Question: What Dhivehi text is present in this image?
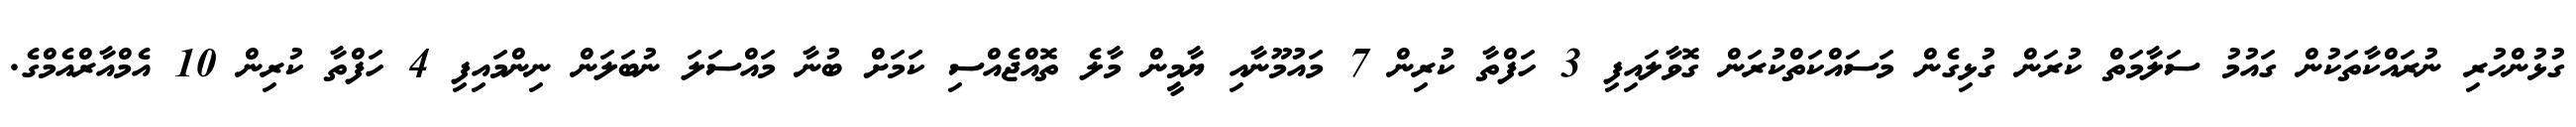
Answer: ގުޅުންހުރި ނުރައްކާތަކުން ގައުމު ސަލާމަތް ކުރަން ގުޅިގެން މަސައްކަތްކުރަން ގޮވާލައިފި 3 ހަފްތާ ކުރިން 7 މައުމޫނާއި ޔާމީން މާލެ ތޮއްޖެއްސި ކަމަށް ބުނާ މައްސަލަ ނުބަލަން ނިންމައިފި 4 ހަފްތާ ކުރިން 10 އެމްއާރްއެމްގެ.